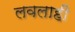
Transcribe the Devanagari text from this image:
लवलाहीं